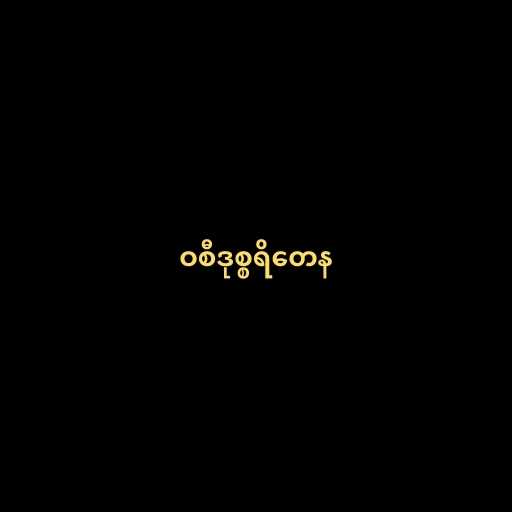
ဝစီဒုစ္စရိတေန